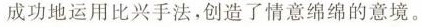
成功地运用比兴手法，创造了情意绵绵的意境。